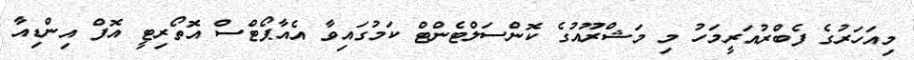
މިއަހަރުގެ ފެބްރުއަރީމަހު މި މަޝްރޫއުގެ ކޮންސަލްޓެންޓް ކަމުގައިވާ އެއާޕޯޓްސް އޮތޯރިޓީ އޮފް އިންޑިއާ